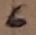
Text: 6